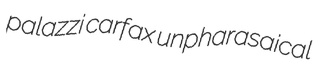
palazzi carfax unpharasaical